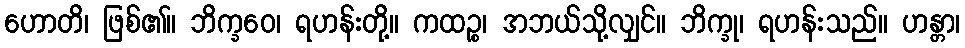
ဟောတိ၊ ဖြစ်၏။ ဘိက္ခဝေ၊ ရဟန်းတို့။ ကထဉ္စ၊ အဘယ်သို့လျှင်။ ဘိက္ခု၊ ရဟန်းသည်။ ဟန္တာ၊